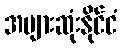
အများဆုံးနိုင်ငံ